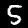
Digit: 5